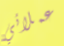
عملائي